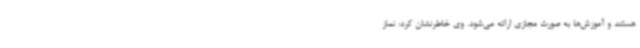
هستند و آموزش‌ها به صورت مجازی ارائه می‌شود. وی خاطرنشان کرد: نماز